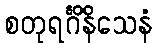
စတုရင်္ဂိနိသေနံ